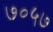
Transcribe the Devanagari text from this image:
७०५७